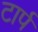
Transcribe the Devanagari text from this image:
टार्प